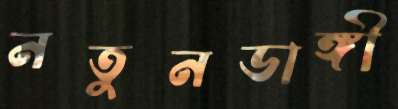
নতুনডাঙ্গী